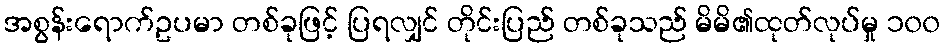
အစွန်းရောက်ဥပမာ တစ်ခုဖြင့် ပြရလျှင် တိုင်းပြည် တစ်ခုသည် မိမိ၏ထုတ်လုပ်မှု ၁၀၀